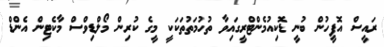
ރައީސް އޮފީހުން ބުނީ ޑޮކިއުމެންޓްރީގައިވާ ތުހުމަތުތަކަކީ މީގެ ކުރިން މޯލްޑިވްސް މާކެޓިން އެންޑް